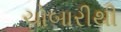
ચોબારીથી